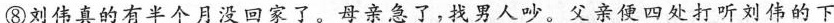
⑧刘伟真的有半个月没回家了。母亲急了，找男人吵。父亲便四处打听刘伟的下